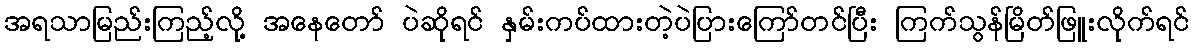
အရသာမြည်းကြည့်လို့ အနေတော် ပဲဆိုရင် နှမ်းကပ်ထားတဲ့ပဲပြားကြော်တင်ပြီး ကြက်သွန်မြိတ်ဖြူးလိုက်ရင်